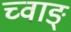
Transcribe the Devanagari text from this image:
च्वाङ्‌